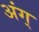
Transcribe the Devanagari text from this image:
अंग्